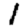
Digit: 1